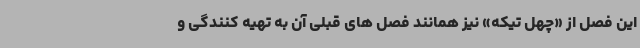
این فصل از «چهل تیکه» نیز همانند فصل های قبلی آن به تهیه کنندگی و